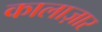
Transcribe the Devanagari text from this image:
कालाज़ार